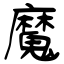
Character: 魔